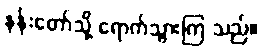
နန်းတော်သို့ ရောက်သွားကြ သည်။